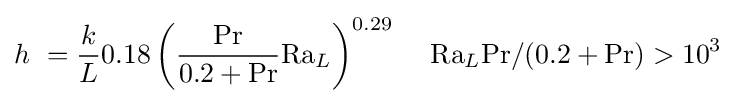
h\ ={\frac {k}{L}}0.18\left({\frac {\mathrm {Pr} }{0.2+\mathrm {Pr} }}\mathrm {Ra} _{L}\right)^{0.29}\,\quad \mathrm {Ra} _{L}\mathrm {Pr} /(0.2+\mathrm {Pr} )>10^{3}